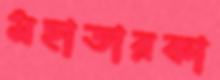
মহাতারকা